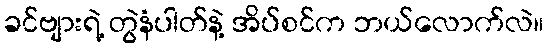
ခင်ဗျားရဲ့ တွဲနံပါတ်နဲ့ အိပ်စင်က ဘယ်လောက်လဲ။